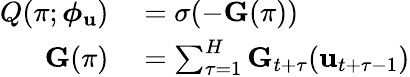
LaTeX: \begin{array}{rl}{Q(\pi;\boldsymbol{\phi}_{\mathbf{u}})}&{{}=\sigma(-\mathbf{G}(\pi))}\\ {\mathbf{G}(\pi)}&{{}=\sum_{\tau=1}^{H}\mathbf{G}_{t+\tau}(\mathbf{u}_{t+\tau-1})}\end{array}